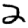
Digit: 2